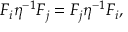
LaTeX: F _ { i } \eta ^ { - 1 } F _ { j } = F _ { j } \eta ^ { - 1 } F _ { i } ,